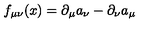
f _ { \mu \nu } ( x ) = \partial _ { \mu } a _ { \nu } - \partial _ { \nu } a _ { \mu }